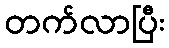
တက်လာပြီး